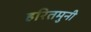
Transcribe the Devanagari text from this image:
हरितमुनी